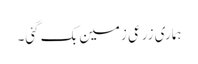
ہماری زرعی زمین بک گئی۔